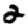
Digit: 2